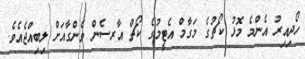
ހޯދިއިރު އެންމެ މޮޅު ކޯޗުގެ މަގާމް އެޓީމުގެ ކޯޗް އާރސެން ވެންގާއަށް ލިބިއްޖެއެވެ.